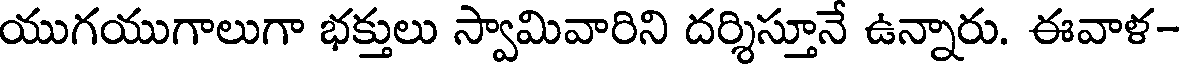
యుగయుగాలుగా భక్తులు స్వామివారిని దర్శిస్తూనే ఉన్నారు. ఈవాళ-